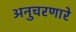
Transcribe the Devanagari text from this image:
अनुचरणारे